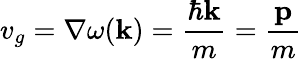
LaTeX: v_{g}=\nabla\omega(\mathbf{k})={\frac{\hbar\mathbf{k}}{m}}={\frac{\mathbf{p}}{m}}